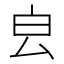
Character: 𣌡